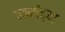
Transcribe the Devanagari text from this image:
पवनीच्या